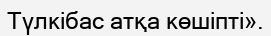
Түлкібас атқа көшіпті».